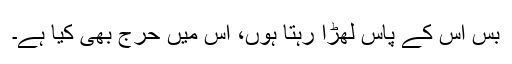
بس اس کے پاس لھڑا رہتا ہوں، اس میں حرج بھی کیا ہے۔